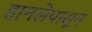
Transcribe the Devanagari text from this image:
हानलेपासून